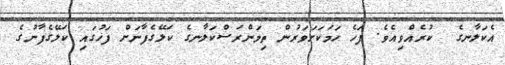
އެކަލާނގެ  ކުރެއްވިއެވެ. ފަހެ ހަމަކަށަވަރުން ތިމަންރަސްކަލާނގެ ކަލޭގެފާނަށް ފަހުގައި ކަލޭގެފާނުގެ